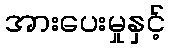
အားပေးမှုနှင့်